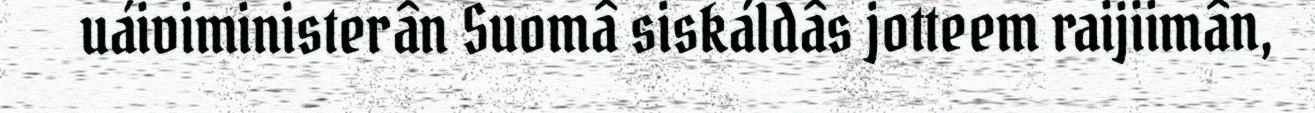
uáiviministerân Suomâ siskáldâs jotteem raijiimân,